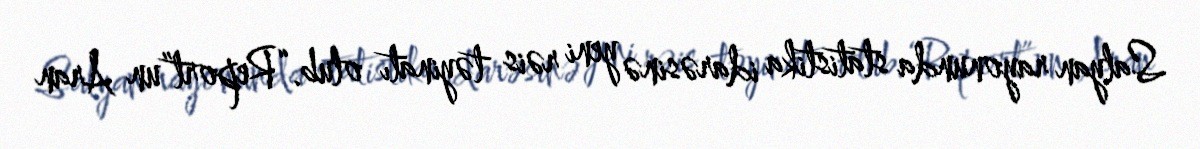
Salyan rayonunda statistika idarəsinə yeni rəis təyinatı olub.“Report”un Aran